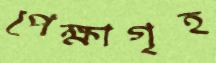
পেক্ষাগৃহ